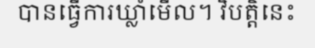
បានធ្វើការឃ្លាំមើល។ វិបត្តិនេះ